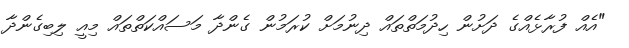
"އެއް ފުރާޅެއްގެ ދަށުން ހިދުމަތްތައް ދިނުމަށް ކުރަމުން ގެންދާ މަސައްކަތްތައް މިއީ ލިބިގެންދާ